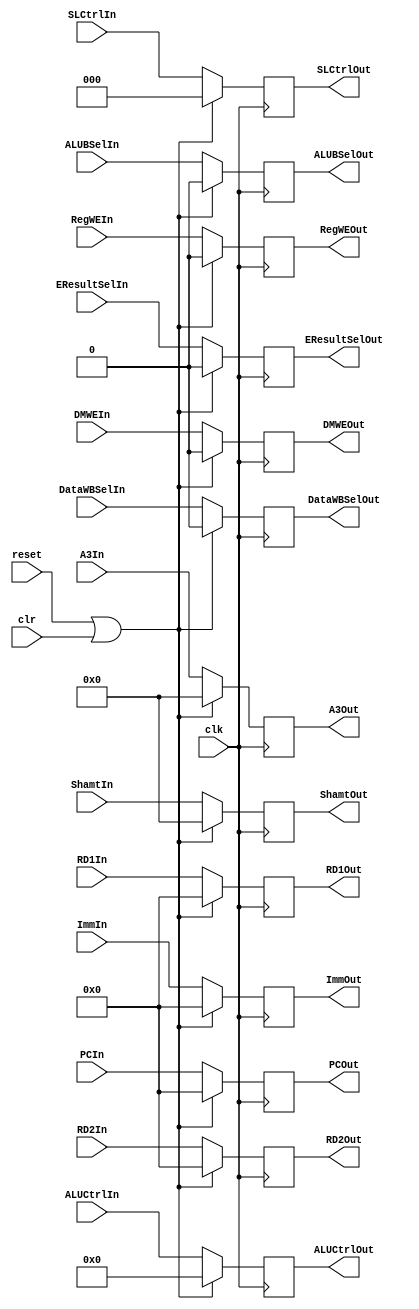
`timescale 1ns / 1ps
//////////////////////////////////////////////////////////////////////////////////
// Company: 
// Engineer: 
// 
// Design Name: 
// Module Name:    DEreg 
// Project Name: 
// Target Devices: 
// Tool versions: 
// Description: 
//
// Dependencies: 
//
// Revision: 
// Revision 0.01 - File Created
// Additional Comments: 
//
//////////////////////////////////////////////////////////////////////////////////
module DEreg(
	input clk,
	input reset,
	input clr,
	//Data
	input [31:0] RD1In,
	input [31:0] RD2In,
	input [31:0] ImmIn,
	input [4:0] A3In,
	input [4:0] ShamtIn,
	output [31:0] RD1Out,
	output [31:0] RD2Out,
	output [31:0] ImmOut,
	output [4:0] A3Out,
	output [4:0] ShamtOut,
	//Ctrl
	input ALUBSelIn,
	input EResultSelIn,
	input DMWEIn,
	input DataWBSelIn,
	input RegWEIn,
	input [7:0] ALUCtrlIn,
	input [2:0] SLCtrlIn,
    
	output ALUBSelOut,
	output EResultSelOut,
	output DMWEOut,
	output DataWBSelOut,
	output RegWEOut,
	output [7:0] ALUCtrlOut,
	output [2:0] SLCtrlOut,
	//PC
	input [31:0] PCIn,
	output [31:0] PCOut
    );
	
	reg [31:0] RD1=0, RD2=0, Imm=0;
	reg [4:0] A3=0, Shamt=0;
	
	assign RD1Out=RD1;
	assign RD2Out=RD2;
	assign ImmOut=Imm;
	assign A3Out=A3;
	assign ShamtOut=Shamt;
	
	reg ALUBSel=0,EResultSel=0,DMWE=0,DataWBSel=0,RegWE=0;
	reg [7:0] ALUCtrl=0;
	reg [2:0] SLCtrl=0;
	
	assign ALUBSelOut=ALUBSel;
	assign EResultSelOut=EResultSel;
	assign DMWEOut=DMWE;
	assign DataWBSelOut=DataWBSel;
	assign RegWEOut=RegWE;
	assign ALUCtrlOut=ALUCtrl;
	assign SLCtrlOut=SLCtrl;
	
	reg [31:0] PC=0;
	assign PCOut=PC;
	
	always @(posedge clk)
	begin
		if(reset|clr)
		begin
			RD1<=0;
			RD2<=0;
			Imm<=0;
			A3<=0;
			Shamt<=0;
			ALUBSel<=0;
			EResultSel<=0;
			DMWE<=0;
			DataWBSel<=0;
			RegWE<=0;
			ALUCtrl<=0;
			SLCtrl<=0;
			PC<=0;
		end
		else
		begin
			RD1<=RD1In;
			RD2<=RD2In;
			Imm<=ImmIn;
			A3<=A3In;
			Shamt<=ShamtIn;
			ALUBSel<=ALUBSelIn;
			EResultSel<=EResultSelIn;
			DMWE<=DMWEIn;
			DataWBSel<=DataWBSelIn;
			RegWE<=RegWEIn;
			ALUCtrl<=ALUCtrlIn;
			SLCtrl<=SLCtrlIn;
			PC<=PCIn;
		end
	end

endmodule